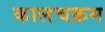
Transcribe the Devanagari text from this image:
कालचक्रम